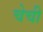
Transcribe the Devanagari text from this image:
चेची